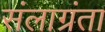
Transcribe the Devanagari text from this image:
संलाग्रंता